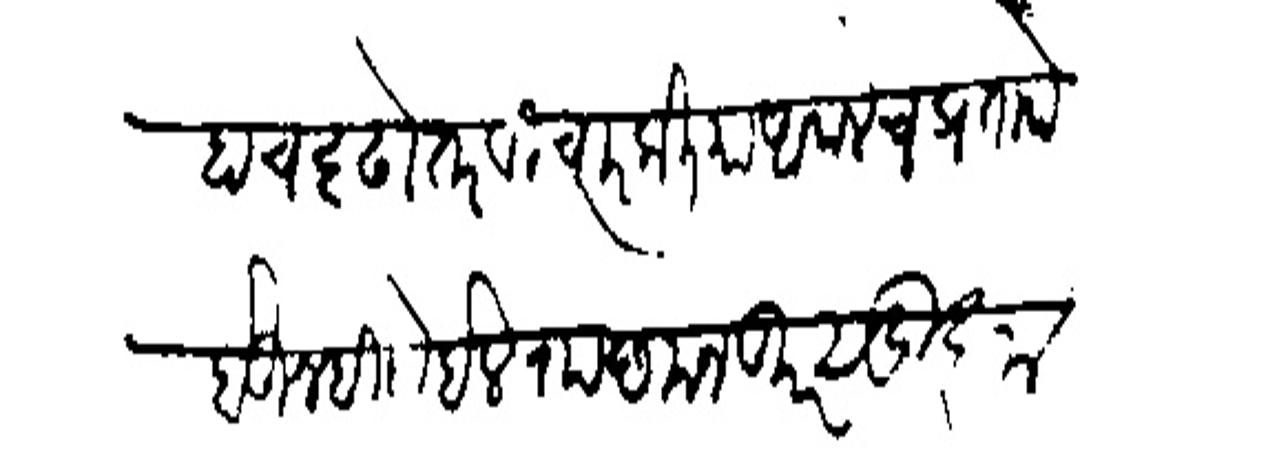
Transliteration (Devanagari): हाच दृदोतर विचार केलिया आपलेच प्रतापे होऊनही येईल राा मजकूर सुज्ञा